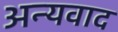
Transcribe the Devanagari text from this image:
अन्यवाद